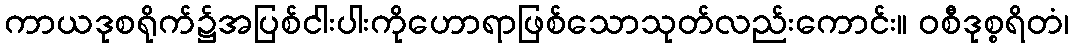
ကာယဒုစရိုက်၌အပြစ်ငါးပါးကိုဟောရာဖြစ်သောသုတ်လည်းကောင်း။ ဝစီဒုစ္စရိတံ၊